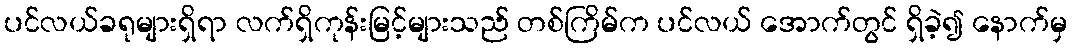
ပင်လယ်ခရုများရှိရာ လက်ရှိကုန်းမြင့်များသည် တစ်ကြိမ်က ပင်လယ် အောက်တွင် ရှိခဲ့၍ နောက်မှ